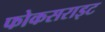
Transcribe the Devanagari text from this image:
फोकसराइट